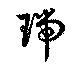
瑞